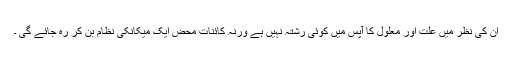
ان کی نظر میں علت اور معلول کا آپس میں کوئی رشتہ نہیں ہے ورنہ کائنات محض ایک میکانکی نظام بن کر رہ جائے گی ۔